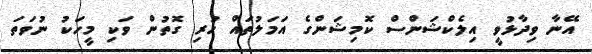
އޭނާ ވިދާޅުވީ އިލެކްޝަންސް ކޮމިޝަންގެ އަމަލުތައް ހުރި ގޮތުން ވަކި މީހަކު ނުވަތަ